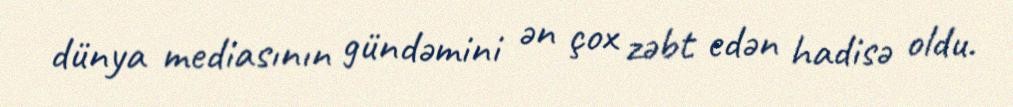
dünya mediasının gündəmini ən çox zəbt edən hadisə oldu.